Rapla_vallakohus, lk 9
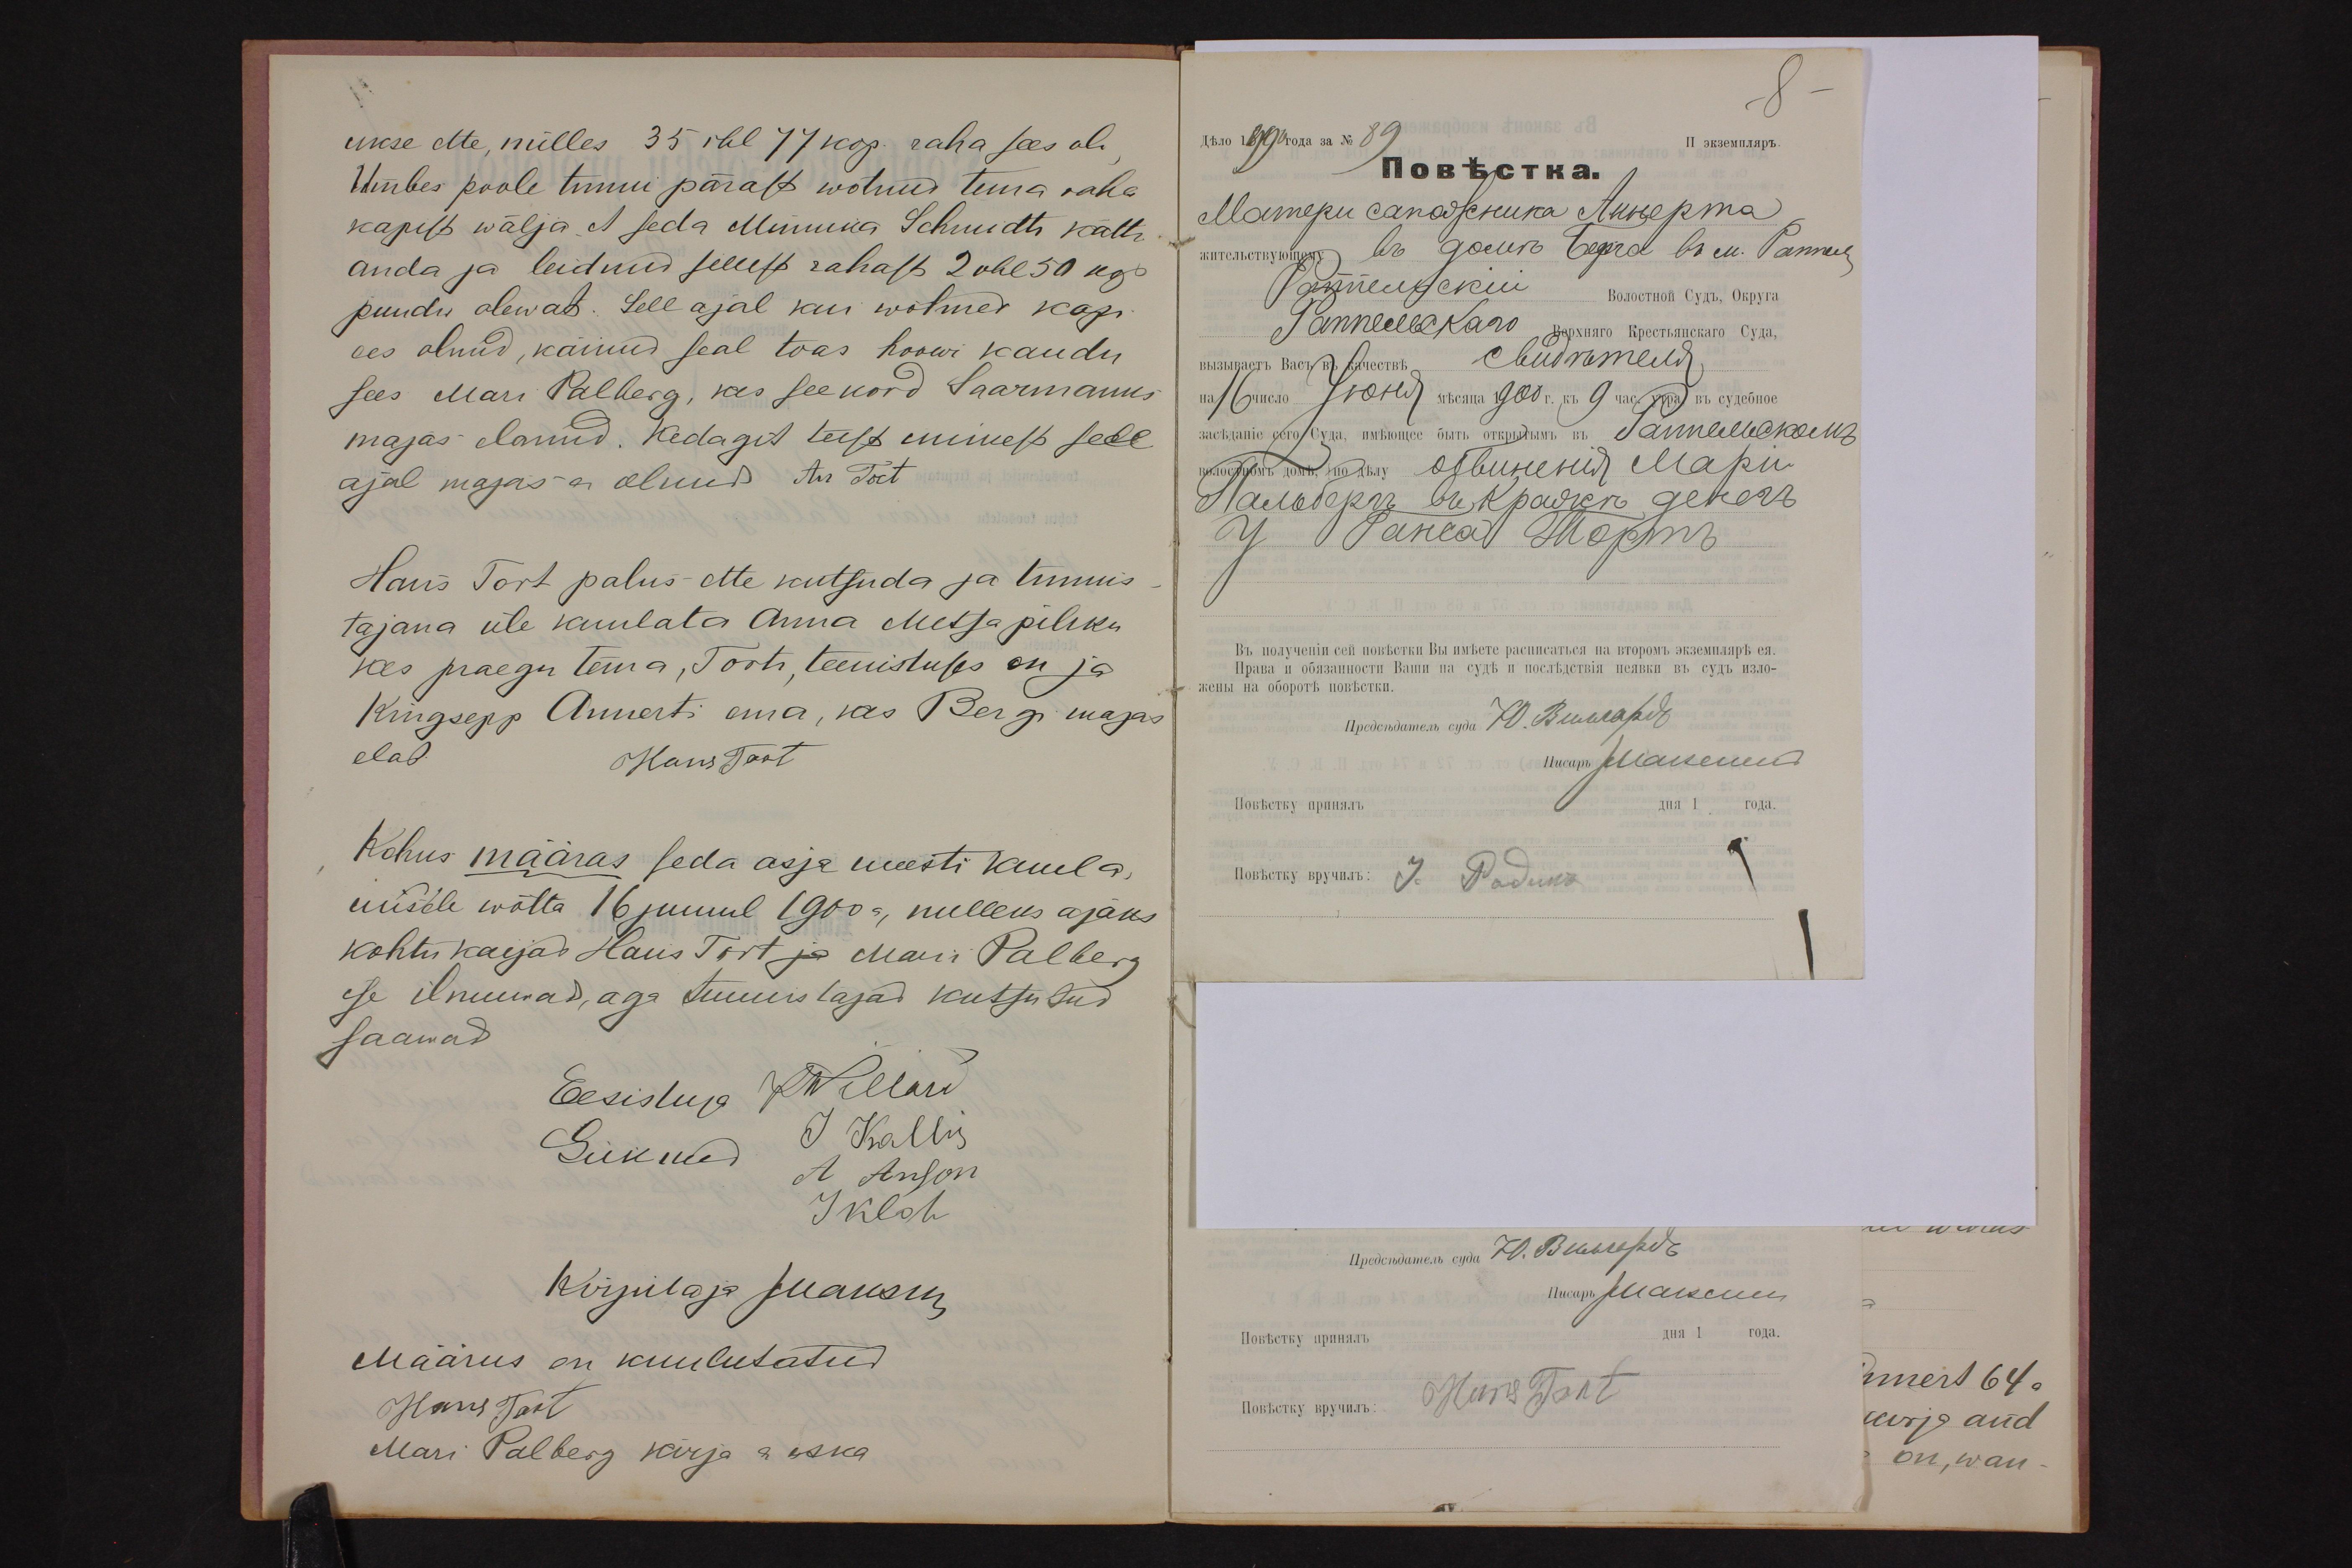
ukse ette, milles 35 rbl 77 kop. raha sees oli
Umbes poole tunni pärast wõtnud tema raha
kapist wälja. et seda Minuma Schmidti kätte
anda ja leidnud sellest rahast 2 rbl 50 kop
puudu olewat. Sell ajal kui wõtmed kapi
ees olnud, käinud seal toas hoowi kaudu
sees Mari Palberg, kes seekord Saarmanni
majas elanud. Kedagit teist inimest sell
ajal majas ei olnud. An Tort
Hans Tort palus ette kutsuda ja tunnis
tajana üle kuulata Anna Metsa piliku
kes praegu tema, Torti, teenistuses on ja
Kingsepp Annerti ema, kes Bergi majas
elab.
Hans Tort
Kohus määras seda asja uuesti kuula
misele wõtta 16 juunil 1900 a, milleks ajaks
kohtu kaijad Hans Tort ja Mari Palberg
ise ilmumad, aga tunnistajad kutsutud
saawad
Eesistuja KWillard
Liikmed
J Kallis
A. Anson
Iklah
Kirjutaja Mausin
Määrus on kuulutatud
Hans Tort
Mari Palberg kirja oska